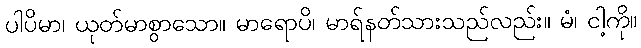
ပါပိမာ၊ ယုတ်မာစွာသော။ မာရောပိ၊ မာရ်နတ်သားသည်လည်း။ မံ၊ ငါ့ကို။